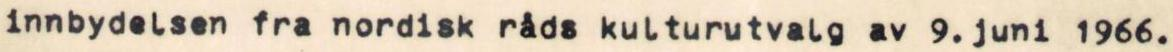
innbydelsen fra nordisk råds kulturutvalg av 9. juni 1966.